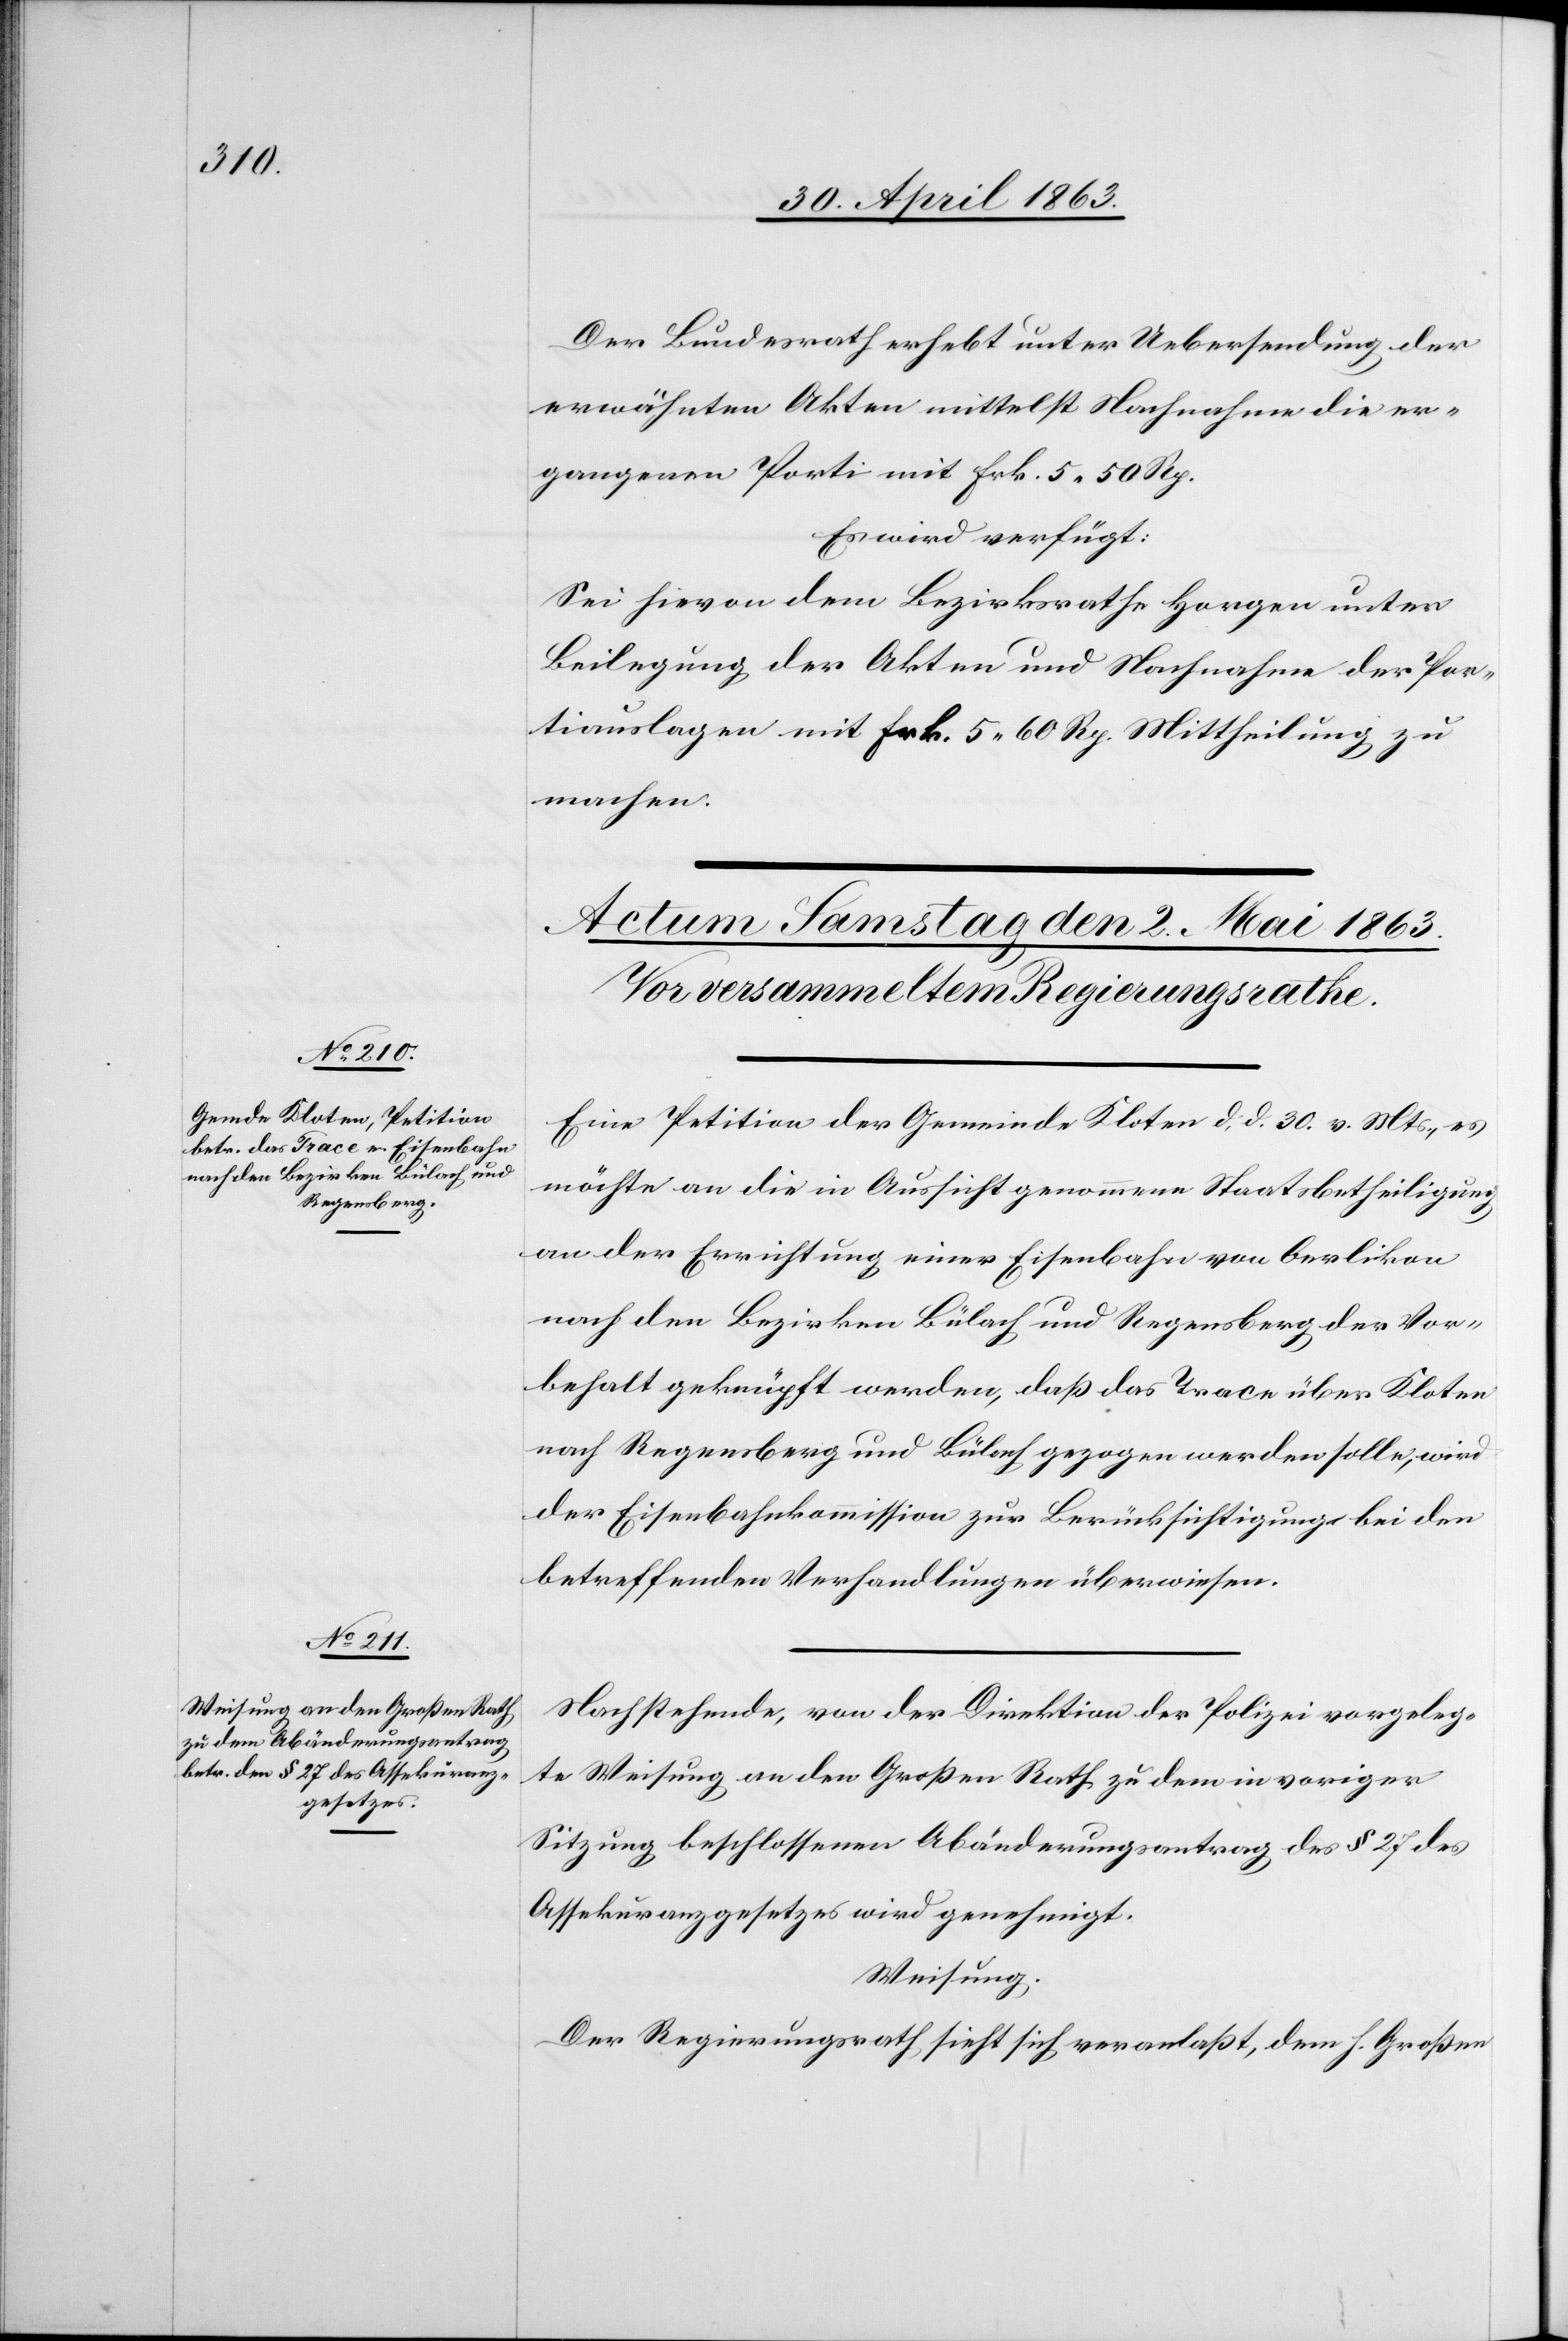
Der Bundesrath erhebt unter Uebersendung der
erwähnten Akten mittelst Nachnahme die er¬
gangenen Porti mit Frk. 5. 50 Rp.
Es wird verfügt:
Sei hievon dem Bezirksrathe Horgen unter
Beilegung der Akten und Nachnahme der Por¬
tiauslagen mit Frk. 5. 60 Rp. [sic!] Mittheilung zu
machen.
Eine Petition der Gemeinde Kloten d. d. 30. v. Mts., es
möchte an die in Aussicht genommene Staatsbetheiligung
an der Errichtung einer Eisenbahn von Oerlikon
nach den Bezirken Bülach und Regensberg der Vor¬
behalt geknüpft werden, daß das Trace über Kloten
nach Regensberg und Bülach gezogen werden solle, wird
der Eisenbahnkommission zur Berücksichtigung bei den
betreffenden Verhandlungen überwiesen.
Nachstehende, von der Direktion der Polizei vorgeleg¬
te Weisung an den Großen Rath zu dem in voriger
Sitzung beschlossenen Abänderungsantrag des § 27 des
Assekuranzgesetzes wird genehmigt.
Weisung.
Der Regierungsrath sieht sich veranlaßt, dem h. Großen